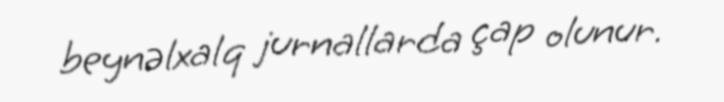
beynəlxalq jurnallarda çap olunur.